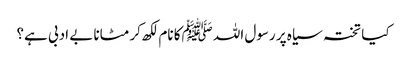
کیا تختہ سیاہ پر رسول اللہ ﷺکا نام لکھ کر مٹانا بے ادبی ہے؟